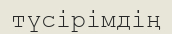
түсірімдің